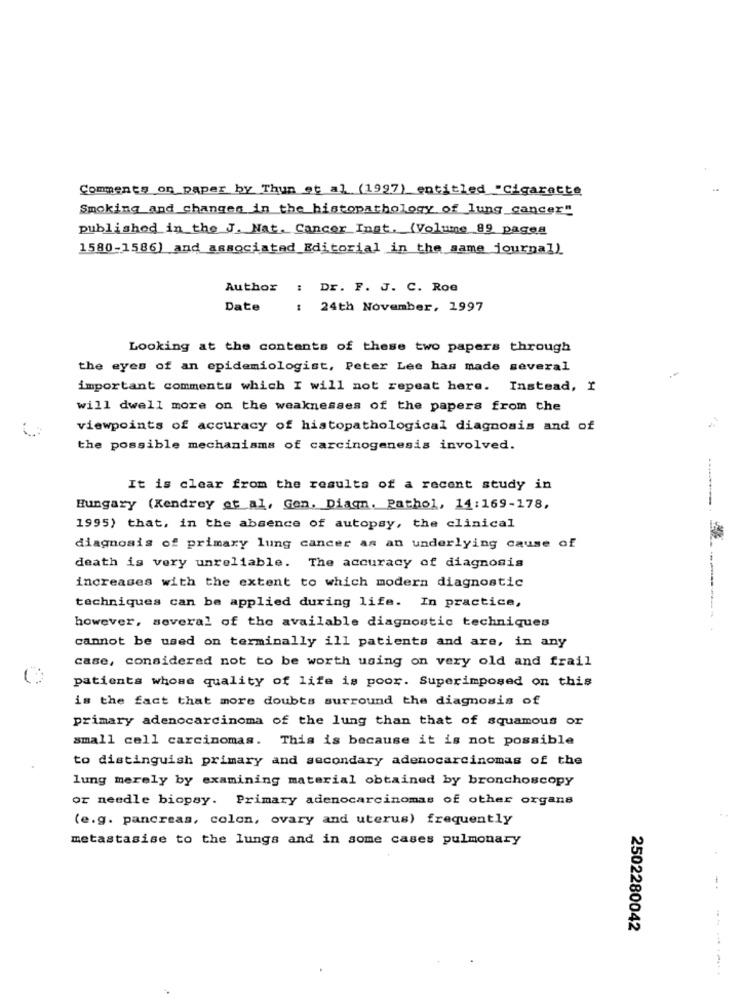
Comments or paper by Thun et al (1997) entitled "cigarette
Smoking and changes in the histopathology of lung cancer"
published in the J. Nat. Cancer Inst. (Volume 89 pages
1580-1586) and associated Editorial in the same journal)
Author
: Dr. F. J. C. Roe
Date
: 24th November, 1997
Looking at the contents of these two papers through
the eyes of an epidemiologist, Peter Lee has made several
important comments which I will not repeat here. Instead, I
will dwell more on the weaknesses of the papers from the
viewpoints of accuracy of histopathological diagnosis and of
24
the possible mechanisms of carcinogenesis involved.
It is clear from the results of a recent study in
Hungary (Kendrey ot al, Gen. Diagn. Pathol, 14:169-178,
1995) that, in the absence of autopsy, the clinical
diagnosis of primary lung cancer as an underlying cause of
death is very unreliable. The accuracy of diagnosis
increases with the extent to which modern diagnostic
techniques can be applied during life. In practice,
however, several of the available diagnostic techniques
--------
cannot be used on terminally ill patients and are, in any
case, considered not to be worth using on very old and frail
patients whose quality of life is poor. Superimposed on this
is the fact that more doubts surround the diagnosis of
primary adenocarcinoma of the lung than that of squamous or
small cell carcinomas. This is because it is not possible
to distinguish primary and secondary adenocarcinomas of the
lung merely by examining material obtained by bronchoscopy
or needle biopsy. Primary adenocarcinomas of other organs
(e.g. pancreas, colon, ovary and uterus) frequently
metastasise to the lungs and in some cases pulmonary
2502280042